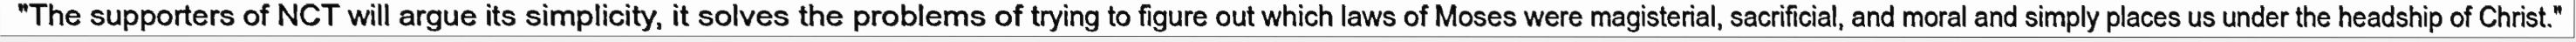
"The supporters of NCT will argue its simplicity, it solves the problems of trying to figure out which laws of Moses were magisterial, sacrificial, and moral and simply places us under the headship of Christ."